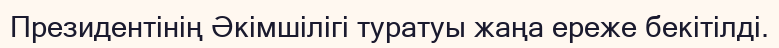
Президентінің Әкімшілігі туратуы жаңа ереже бекітілді.